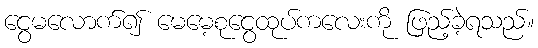
ငွေမလောက်၍ မေမေ့စုငွေထုပ်ကလေးကို ဖြည့်ခဲ့ရသည်။